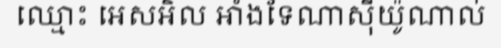
ឈ្មោះ អេសអិល អាំងទែណាស៊ីយ៉ូណាល់